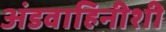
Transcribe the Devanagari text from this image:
अंडवाहिनीशी